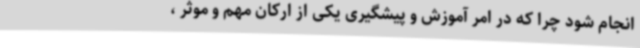
انجام شود چرا که در امر آموزش و پیشگیری یکی از ارکان مهم و موثر ،